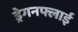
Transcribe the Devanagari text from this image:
ड्रेगनफ्लाई